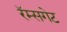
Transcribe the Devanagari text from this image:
रॅम्सगेट